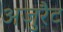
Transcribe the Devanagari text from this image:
अजुरैट